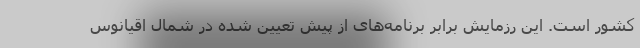
کشور است. این رزمایش برابر برنامه‌های از پیش تعیین شده در شمال اقیانوس